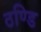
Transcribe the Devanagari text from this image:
ठण्डि